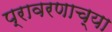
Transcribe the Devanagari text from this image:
प्रावरणाच्या